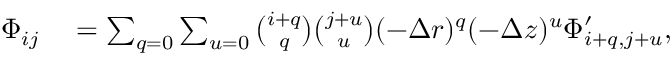
\begin{array} { r l } { \Phi _ { i j } } & { { } = \sum _ { q = 0 } \sum _ { u = 0 } \binom { i + q } { q } \binom { j + u } { u } ( - \Delta r ) ^ { q } ( - \Delta z ) ^ { u } \Phi _ { i + q , j + u } ^ { \prime } , } \end{array}